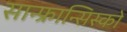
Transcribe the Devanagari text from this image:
सान्फ्रान्सिस्को